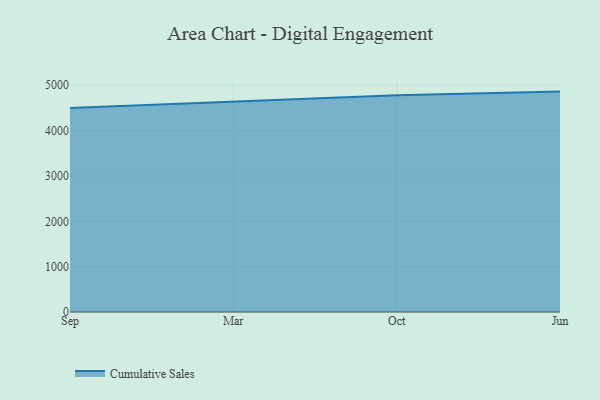
{"axis": {"x": "Month", "y": "Website Visitors"}, "legend": ["Cumulative Sales"], "data": [{"x": "Sep", "y": 4501.2, "type": "Cumulative Sales"}, {"x": "Mar", "y": 4639.1, "type": "Cumulative Sales"}, {"x": "Oct", "y": 4777.4, "type": "Cumulative Sales"}, {"x": "Jun", "y": 4860.6, "type": "Cumulative Sales"}]}